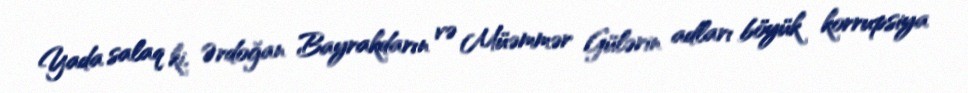
Yada salaq ki, Ərdoğan Bayrakdarın və Müəmmər Gülərin adları böyük korrupsiya